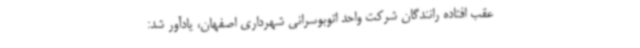
عقب افتاده رانندگان شرکت واحد اتوبوسرانی شهرداری اصفهان، یادآور شد: